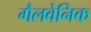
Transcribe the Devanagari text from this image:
गैलवेनिक